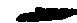
一